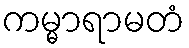
ကမ္မာရာမတံ